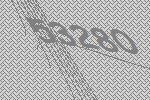
53280